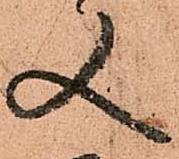
又